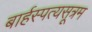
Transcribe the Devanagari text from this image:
बार्हस्पत्यसूत्रम